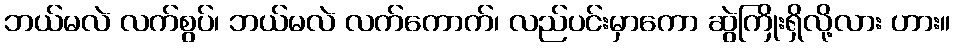
ဘယ်မလဲ လက်စွပ်၊ ဘယ်မလဲ လက်ကောက်၊ လည်ပင်းမှာကော ဆွဲကြိုးရှိလို့လား ဟား။